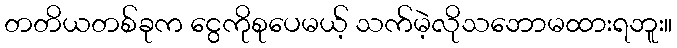
တတိယတစ်ခုက ငွေကိုစုပေမယ့် သက်မဲ့လိုသဘောမထားရဘူး။